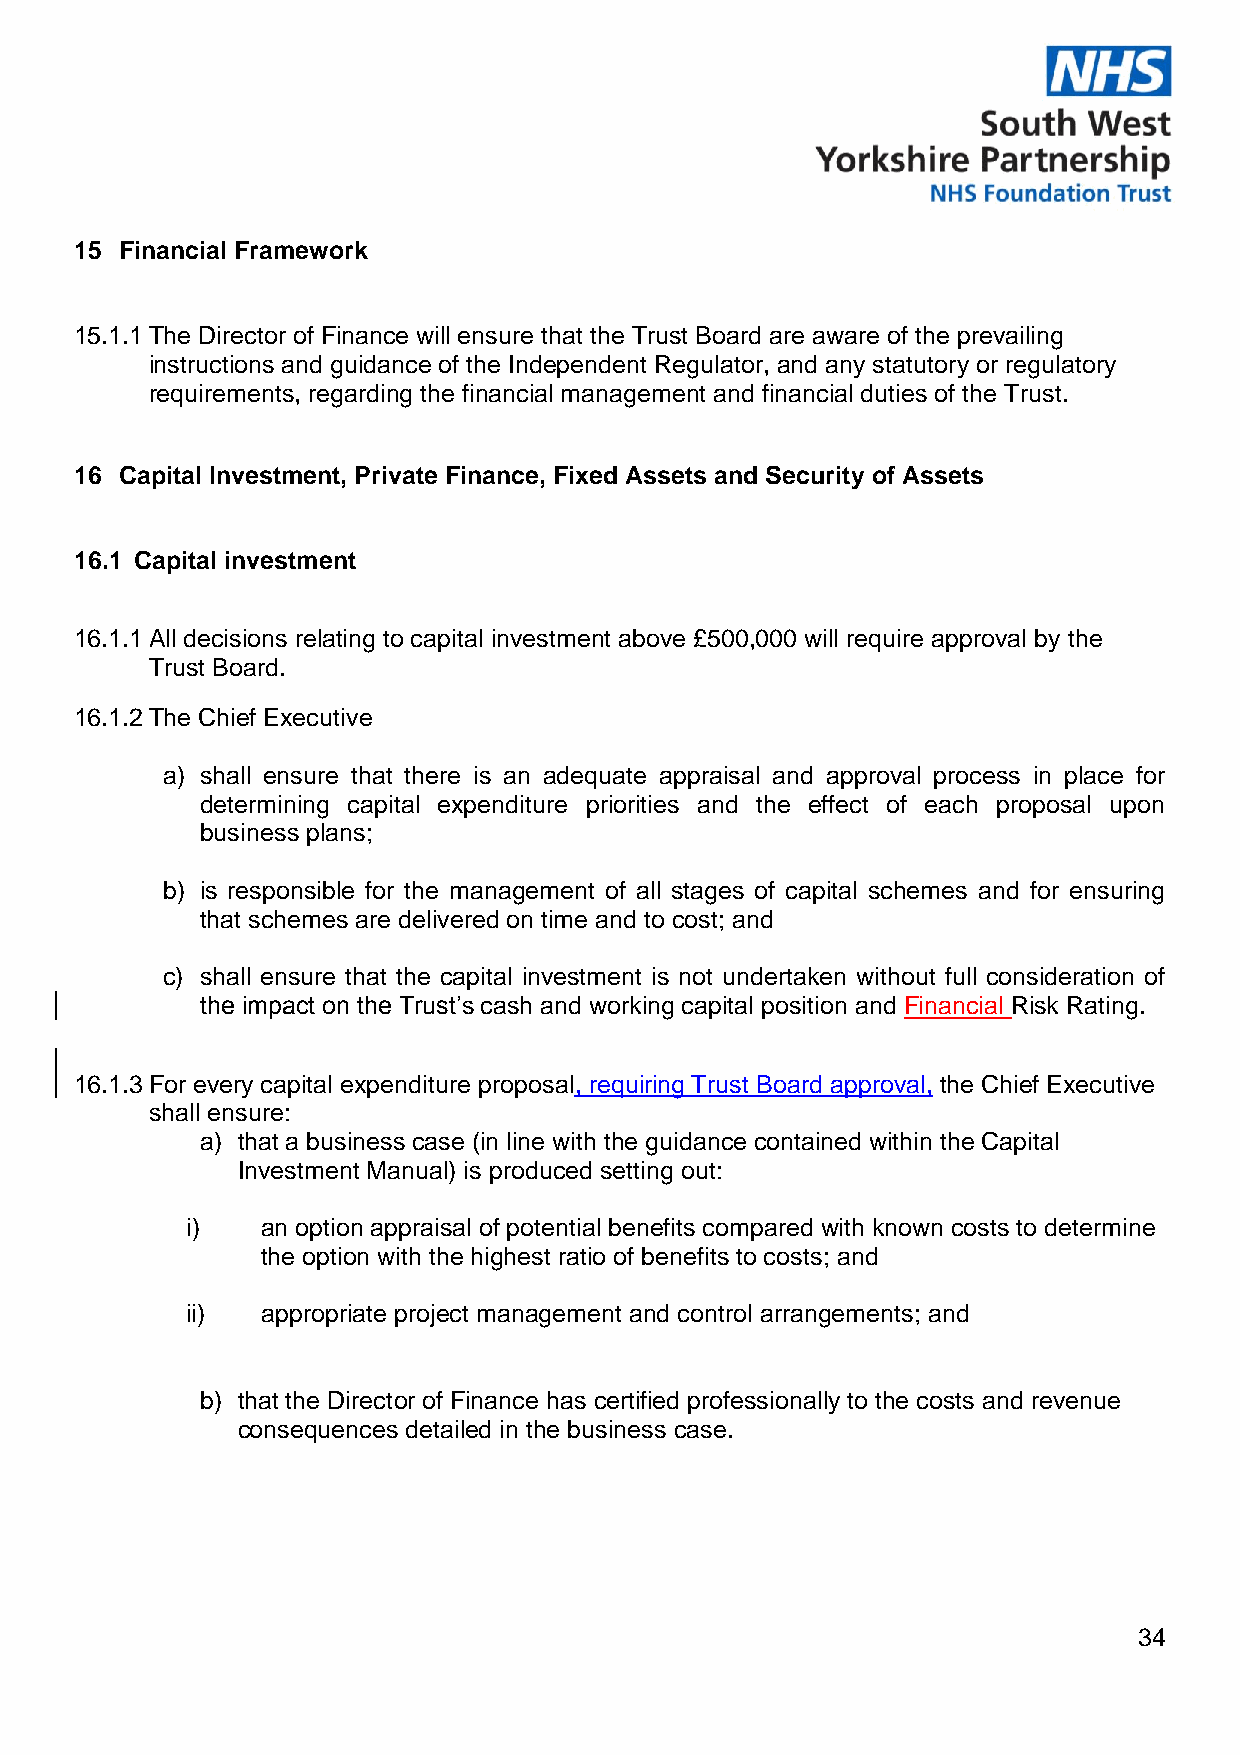
15 Financial Framework
 15.1.1 The Director of Finance will ensure that the Trust Board are aware of the prevailing
 instructions and guidance of the Independent Regulator, and any statutory or regulatory
 requirements, regarding the financial management and financial duties of the Trust.
 16 Capital Investment, Private Finance, Fixed Assets and Security of Assets
 16.1 Capital investment
 16.1.1 All decisions relating to capital investment above £500,000 will require approval by the
 Trust Board.
 16.1.2 The Chief Executive
 a) shall ensure that there is an adequate appraisal and approval process in place for
 determining capital expenditure priorities and the effect of each proposal upon
 business plans;
 b) is responsible for the management of all stages of capital schemes and for ensuring
 that schemes are delivered on time and to cost; and
 c) shall ensure that the capital investment is not undertaken without full consideration of
 the impact on the Trust’s cash and working capital position and Financial Risk Rating.
 16.1.3 For every capital expenditure proposal, requiring Trust Board approval, the Chief Executive
 shall ensure:
 a) that a business case (in line with the guidance contained within the Capital
 Investment Manual) is produced setting out:
 i)   an option appraisal of potential benefits compared with known costs to determine
 the option with the highest ratio of benefits to costs; and
 ii)  appropriate project management and control arrangements; and
 b) that the Director of Finance has certified professionally to the costs and revenue
 consequences detailed in the business case.
 34